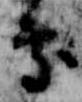
処